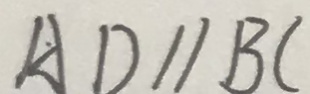
A D / / B C